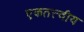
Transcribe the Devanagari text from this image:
एकतत्त्वीय